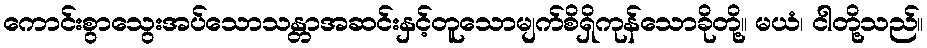
ကောင်းစွာသွေးအပ်သောသန္တာအဆင်းနှင့်တူသောမျက်စိရှိကုန်သောခိုတို့။ မယံ၊ ငါတို့သည်။